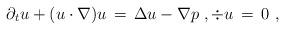
LaTeX: \begin{align*} \partial_t u + (u\cdot \nabla)u \,=\, \Delta u -\nabla p~, \div u \,=\, 0~, \end{align*}